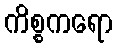
ကိစ္စကရော